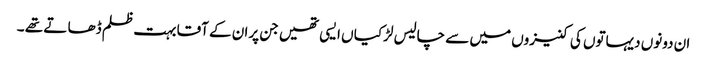
ان دونوں دیہاتوں کی کنیزوں میں سے چالیس لڑکیا ں ایسی تھیں جن پران کے آقا بہت ظلم ڈھا تے تھے ۔